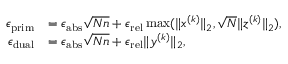
\begin{array} { r l } { \epsilon _ { \mathrm { p r i m } } } & { = \epsilon _ { \mathrm { a b s } } \sqrt { N n } + \epsilon _ { \mathrm { r e l } } \operatorname* { m a x } ( \| x ^ { ( k ) } \| _ { 2 } , \sqrt { N } \| z ^ { ( k ) } \| _ { 2 } ) , } \\ { \epsilon _ { \mathrm { d u a l } } } & { = \epsilon _ { \mathrm { a b s } } \sqrt { N n } + \epsilon _ { \mathrm { r e l } } \| y ^ { ( k ) } \| _ { 2 } , } \end{array}